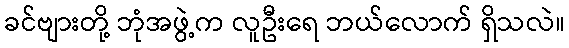
ခင်ဗျားတို့ ဘုံအဖွဲ့က လူဦးရေ ဘယ်လောက် ရှိသလဲ။